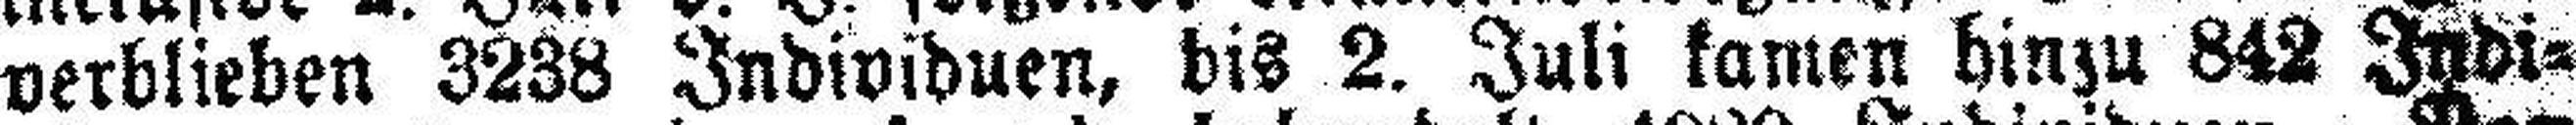
verblieben 3238 Individuen, bis 2. Juli kanten hinzu 842 Indi¬